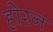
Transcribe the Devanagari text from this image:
होरन